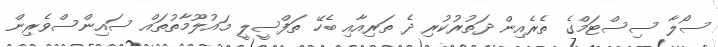
ސޯލާ ސިސްޓަމްގެ ތެރެއިން ދަތުރުކުރި ދެ ތަރިއާއި ބެހޭ ތަފްސީލީ މައުލޫމާތުތައް ސައިންސްވެރިން